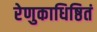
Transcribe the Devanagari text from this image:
रेणुकाधिष्ठितं